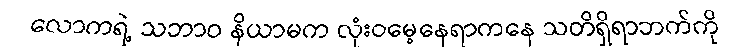
လောကရဲ့ သဘာဝ နိယာမက လုံးဝမေ့နေရာကနေ သတိရှိရာဘက်ကို